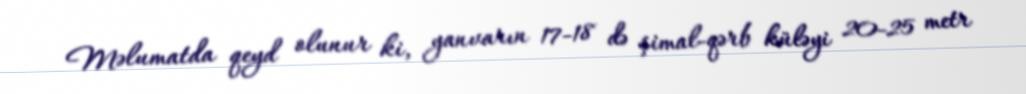
Məlumatda qeyd olunur ki, yanvarın 17-18 də şimal-qərb küləyi 20-25 metr